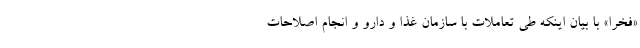
«فخرا» با بیان اینکه طی تعاملات با سازمان غذا و دارو و انجام اصلاحات